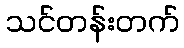
သင်တန်းတက်